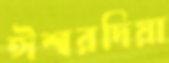
ঈশ্বরদিয়া